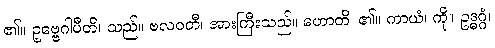
၏။ ဥဗ္ဗေဂါပီတိ၊ သည်။ ဗလဝတီ၊ အားကြီးသည်။ ဟောတိ၊ ၏။ ကာယံ၊ ကို။ ဥဒ္ဓဂ္ဂံ၊